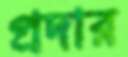
প্রদার